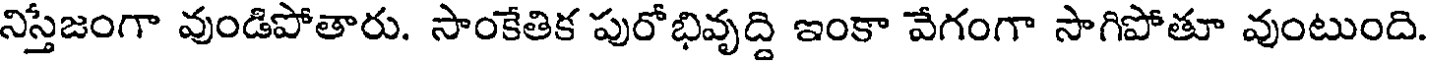
నిస్తేజంగా వుండిపోతారు. సాంకేతిక పురోభివృద్ది ఇంకా వేగంగా సాగిపోతూ వుంటుంది.